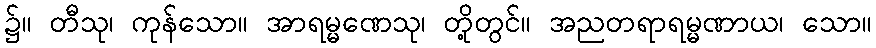
၌။ တီသု၊ ကုန်သော။ အာရမ္မဏေသု၊ တို့တွင်။ အညတရာရမ္မဏာယ၊ သော။